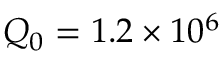
Q _ { 0 } = 1 . 2 \times 1 0 ^ { 6 }